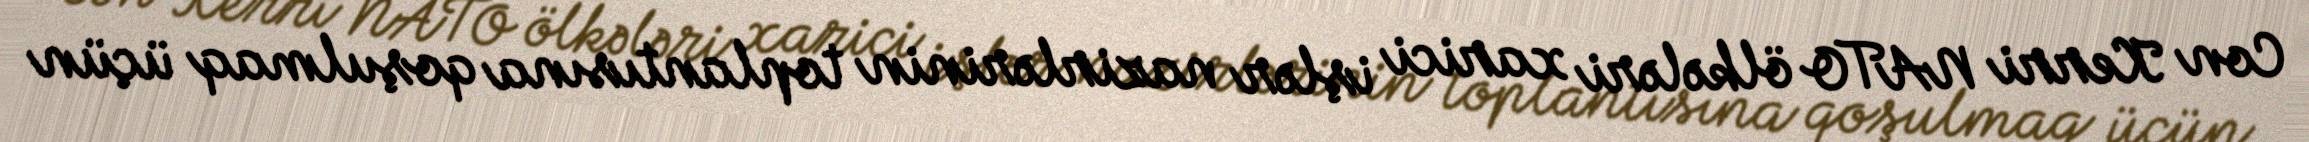
Con Kerri NATO ölkələri xarici işlər nazirlərinin toplantısına qoşulmaq üçün